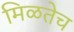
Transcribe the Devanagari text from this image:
मिळतेच